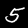
Label: 5